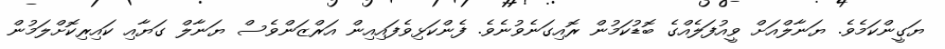
ޔަގީންކަމެވެ. ޔަނާލްއަށް ވީއުފަލެއްގެ ބޮޑުކަމުން ރޮއިގަނެވުނެވެ. ފެންކަޅިވެފައިއިން އަރްޒަންވެސް ޔަނާލް ގަޔާއި ކައިރިކޮށްލަމުން